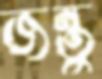
জন্তু